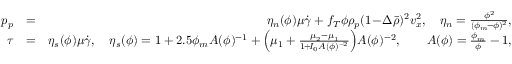
\begin{array} { r l r } { p _ { p } } & { = } & { \eta _ { n } ( \phi ) \mu \dot { \gamma } + f _ { T } \phi \rho _ { p } ( 1 \! - \! \Delta \bar { \rho } ) ^ { 2 } v _ { x } ^ { 2 } , \quad \eta _ { n } = \frac { \phi ^ { 2 } } { ( \phi _ { m } \! - \! \phi ) ^ { 2 } } , } \\ { \tau } & { = } & { \eta _ { s } ( \phi ) \mu \dot { \gamma } , \quad \eta _ { s } ( \phi ) = 1 + 2 . 5 \phi _ { m } { \cal A } ( \phi ) ^ { - 1 } + \Bigl ( \mu _ { 1 } + \frac { \mu _ { 2 } - \mu _ { 1 } } { 1 \! + \! I _ { 0 } { \cal A } ( \phi ) ^ { - 2 } } \Bigr ) { \cal A } ( \phi ) ^ { - 2 } , \qquad { \cal A } ( \phi ) = \frac { \phi _ { m } } { \phi } - 1 , } \end{array}